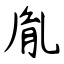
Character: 胤